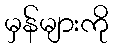
မှန်များကို